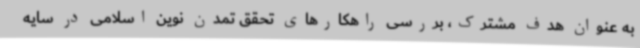
به عنوان هدف مشترک، بررسی راهکارهای تحقق تمدن نوین اسلامی در سایه